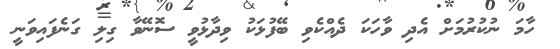
ހާމަ ނުކުރުމަށް އެދި ވާހަކަ ދެއްކެވި ބޭފުޅަކު ވިދާޅުވީ ސޮނޭވާ ގިލި ގަނެފައިވަނީ